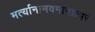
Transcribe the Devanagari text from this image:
मर्त्यानामवमानात्परं